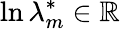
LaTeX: \ln\lambda_{m}^{*}\in\mathbb{R}